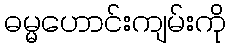
ဓမ္မဟောင်းကျမ်းကို